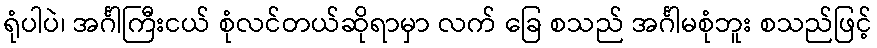
ရုံပါပဲ၊ အင်္ဂါကြီးငယ် စုံလင်တယ်ဆိုရာမှာ လက် ခြေ စသည် အင်္ဂါမစုံဘူး စသည်ဖြင့်